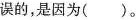
误的，是因为( )。